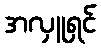
အလှူရှင်